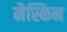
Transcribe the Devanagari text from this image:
मैस्किन